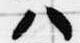
八